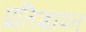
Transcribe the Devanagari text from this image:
प्रतिज्ञापन